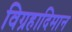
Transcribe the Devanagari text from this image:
विग्रहादिमान